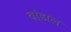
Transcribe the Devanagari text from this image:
वांडाल